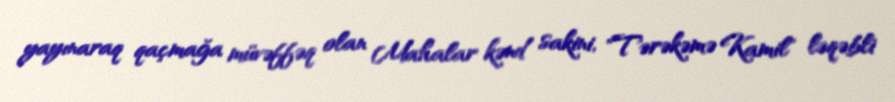
yayınaraq qaçmağa müvəffəq olan Mahalar kənd sakini, "Tərəkəmə Kamil" ləqəbli